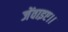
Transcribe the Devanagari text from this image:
जेंवाइए।।